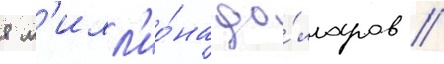
8 м'илл'ио́на до́лларов //